Annual report on the working of the mental hospitals in the Madras Presidency - 1912-1932
Year: 1912
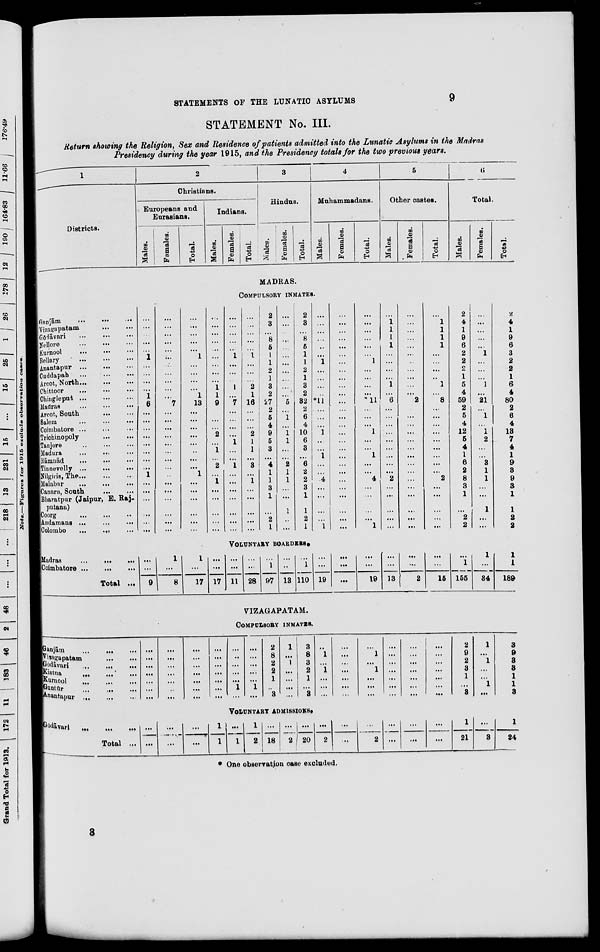
STATEMENTS OF THE LUNATIC ASYLUMS
9
STATEMENT No. III.
Return showing the Religion, Sex and Residence of patients admitted into the Lunatic Asylums in the Madras
Presidency during the year 1915, and the Presidency totals for the two previous years.
1
Districts.
2
Christians.
Europeans and
Eurasians.
Males.
Females.
Total.
Indians.
Males.
Females.
Total.
3
Hindus.
Males.
Females.
Total.
4
Muhammadans.
Males.
Females.
Total.
5
Other castes.
Males.
Females.
Total.
6
Total.
Males.
Females.
Total.
MADRAS.
COMPULSORY INMATES.
Ganjām
...
...
...
Vizagapatam ... ...
Gōdāvari
...
...
...
Nellore ... ... ...
Kurnool ... ... ...
Bellary
...
...
...
Anantapur
...
...
...
Cuddapah
...
...
...
Arcot, North ... ... ...
Chittoor
...
...
...
Chingleput
...
...
...
Madras ... ... ...
Arcot, South
...
...
Salem
...
...
...
Coimbatore ... ... ...
Trichinopoly
...
...
Tanjore
...
...
...
Madura ... ... ...
Rāmnād ... ... ...
Tinnevelly ... ... ...
Nilgiris, The ... ... ...
Malabar ... ... ...
Canara, South ... ...
Bharatpur (Jaipur, E. Raj-
putana)
Coorg ... ... ...
Andamans ...
...
...
Colombo
...
...
...
...
...
...
...
...
1
...
...
...
...
1
6
...
...
...
...
...
...
...
...
1
...
...
...
...
...
...
...
...
...
...
...
...
...
...
...
...
...
7
...
...
...
...
...
...
...
...
...
...
...
...
...
...
...
...
...
...
...
...
1
...
...
...
...
1
13
...
...
...
...
...
...
...
...
1
...
...
...
...
...
...
...
...
...
...
...
...
...
...
...
1
1
9
...
...
...
2
...
1
...
2
...
1
...
...
...
...
...
...
...
...
...
...
1
...
...
...
1
...
7
...
...
...
...
1
...
...
1
...
...
...
...
...
...
...
...
...
...
...
...
1
...
...
...
2
1
16
...
...
...
2
1
1
...
3
...
1
...
...
...
...
...
2
3
...
8
5
1
1
2
1
3
2
27
2
5
4
9
5
3
...
4
1
1
3
1
...
2
1
...
...
...
...
...
...
...
...
...
...
...
5
...
1
...
1
1
...
...
2
1
1
...
...
1
...
...
2
3
...
8
5
1
1
2
1
3
2
32
2
6
4
10
6
3
...
6
2
2
3
1
1
2
1
...
...
...
...
...
...
1
...
...
...
...
*11
...
...
...
1
...
...
1
...
...
4
...
...
...
...
1
...
...
...
...
...
...
...
...
...
...
...
...
...
...
...
...
...
...
...
...
...
...
...
...
...
...
...
...
...
...
...
...
...
1
...
...
...
...
*11
...
...
...
1
...
...
1
...
...
4
...
...
...
...
1
...
1
1
1
1
...
...
...
...
1
...
6
...
...
...
...
...
...
...
...
...
2
...
...
...
...
...
...
...
...
...
...
...
...
...
...
...
...
2
...
...
...
...
...
...
...
...
...
...
...
...
...
...
...
...
1
1
1
1
...
...
...
...
1
...
8
...
...
...
...
...
...
...
...
...
2
...
...
...
...
...
2
4
1
9
6
2
2
2
1
5
4
59
2
5
4
12
5
4
1
6
2
8
3
1
...
2
2
...
...
...
...
...
1
...
...
...
1
...
21
...
1
...
1
2
...
...
3
1
1
...
...
1
...
...
2
4
1
9
6
3
2
2
1
6
4
80
2
6
4
13
7
4
1
9
3
9
3
1
1
2
2
VOLUNTARY BOARDERS.
Madras
...
...
...
Coimbatore
...
...
...
Total ...
...
...
9
1
...
8
1
...
17
...
...
17
...
...
11
...
...
28
...
1
97
...
...
13
...
1
110
...
...
19
...
...
...
...
...
19
...
...
13
...
...
2
...
...
15
...
1
155
1
...
34
1
1
189
VIZAGAPATAM.
COMPULSORY INMATES.
Ganjām ... ... ...
Vizagapatam
...
...
Gōdāvari ... ... ...
Kistna
...
...
...
Kurnool ... ... ...
Guntūr ... ... ...
Anantapur
...
...
...
...
...
...
...
...
...
...
...
...
...
...
...
...
...
...
...
...
...
...
...
...
...
...
...
...
...
...
...
...
...
...
...
...
1
...
...
...
...
...
...
1
...
2
8
2
2
1
...
3
1
...
1
...
...
...
...
3
8
3
2
1
...
3
...
1
...
1
...
...
...
...
...
...
...
...
...
...
...
1
...
1
...
...
...
...
...
...
...
...
...
...
...
...
...
...
...
...
...
...
...
...
...
...
...
...
2
9
2
3
1
...
3
1
...
1
...
...
1
...
3
9
3
3
1
1
3
VOLUNTARY ADMISSIONS.
Gōdāvari ... ... ...
Total ...
...
...
...
...
...
...
1
1
...
1
1
2
...
18
...
2
...
20
...
2
...
...
...
2
...
...
...
...
...
...
1
21
...
3
1
24
* One observation case excluded.
3